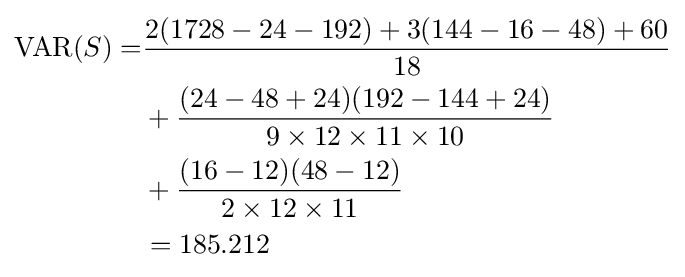
{\begin{aligned}\operatorname {VAR} (S)=&{\frac {2(1728-24-192)+3(144-16-48)+60}{18}}\\&+{\frac {(24-48+24)(192-144+24)}{9\times 12\times 11\times 10}}\\&+{\frac {(16-12)(48-12)}{2\times 12\times 11}}\\&=185.212\end{aligned}}